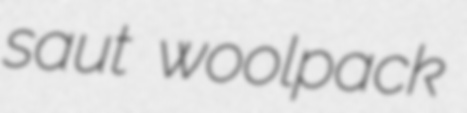
saut woolpack